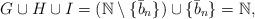
LaTeX: \begin{align*}G \cup H \cup I &= (\mathbb{N}\setminus \{\bar{b}_n\})\cup \{\bar{b}_n\} = \mathbb{N},\end{align*}